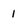
Character: 1